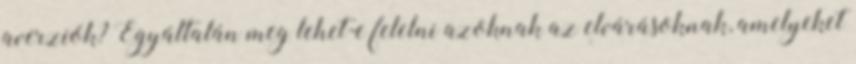
averziók? Egyáltalán meg lehet-e felelni azoknak az elvárásoknak, amelyeket